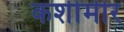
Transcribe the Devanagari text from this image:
कशीमीर